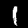
Label: 1